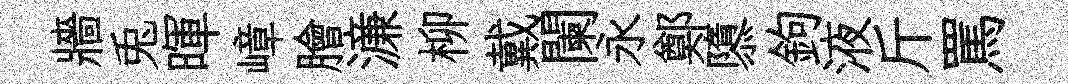
牆兎暉嶂膾濓柳戴闌永鄭隳鉤液斤罵